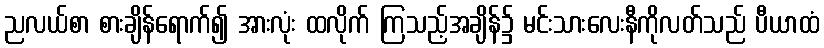
ညလယ်စာ စားချိန်ရောက်၍ အားလုံး ထလိုက် ကြသည့်အချိန်၌ မင်းသားလေးနီကိုလတ်သည် ပီယာထံ